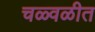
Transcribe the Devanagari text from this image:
चळ्वळीत